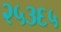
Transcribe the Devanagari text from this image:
२५३६५